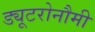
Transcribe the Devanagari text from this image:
ड्यूटरोनौमी